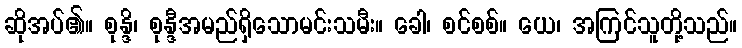
ဆိုအပ်၏။ စုန္ဒိ၊ စုန္ဒီအမည်ရှိသောမင်းသမီး။ ခေါ၊ စင်စစ်။ ယေ၊ အကြင်သူတို့သည်။